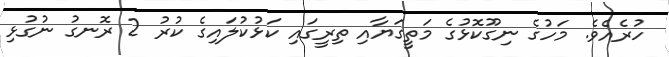
ހުރެއެވެ. މަހުގެ ނިގޫކޮޅުގެ މަތީގަޔާއި ތިރީގައި ކަޅުކުލައިގެ ކުރު 2 ރޮނގު ނުގުޅި